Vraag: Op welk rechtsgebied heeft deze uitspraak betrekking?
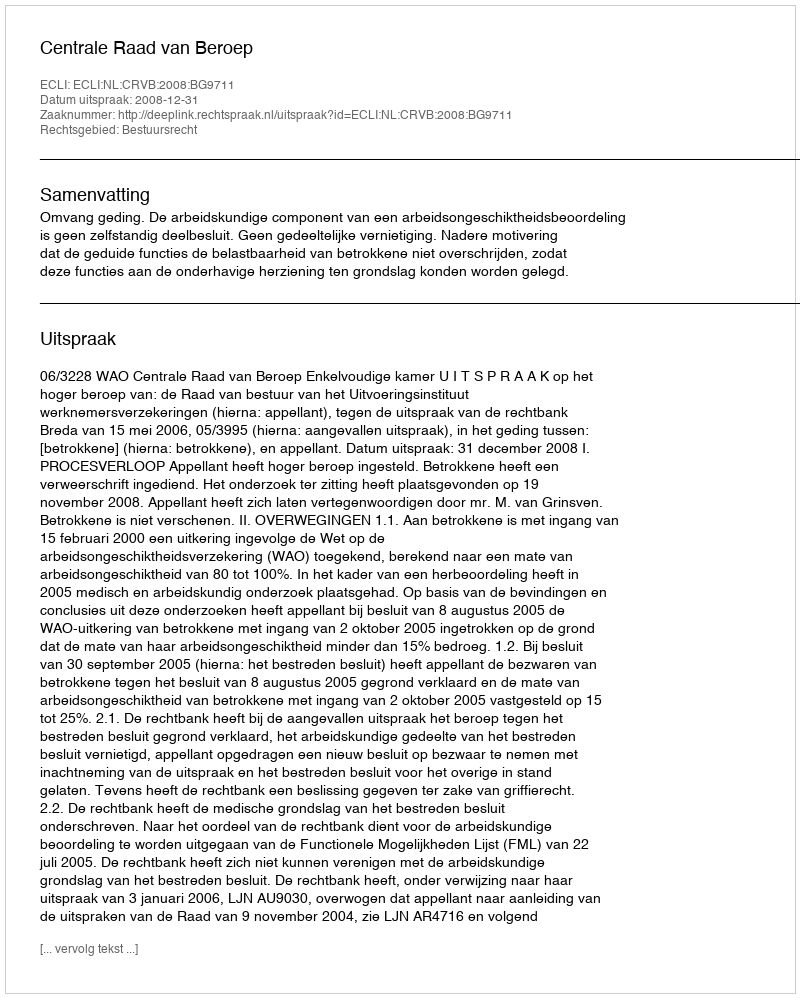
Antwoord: Bestuursrecht